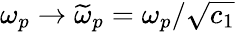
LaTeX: \omega_{p}\rightarrow\widetilde{\omega}_{p}=\omega_{p}/\sqrt{c_{1}}